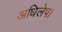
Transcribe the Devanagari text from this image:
अधिलेप।